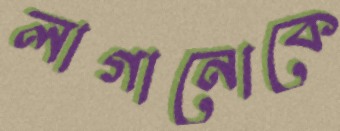
লাগানোকে